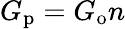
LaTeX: G_{\mathrm{p}}=G_{\mathrm{o}}n